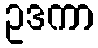
ဥဒကာ